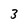
Character: 3